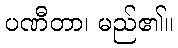
ပဏီတာ၊ မည်၏။